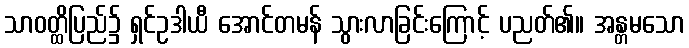
သာဝတ္ထိပြည်၌ ရှင်ဥဒါယီ အောင်တမန် သွားလာခြင်းကြောင့် ပညတ်၏။ အန္တမသော